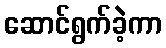
ဆောင်ရွက်ခဲ့ကာ